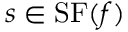
s \in \operatorname { S F } ( f )